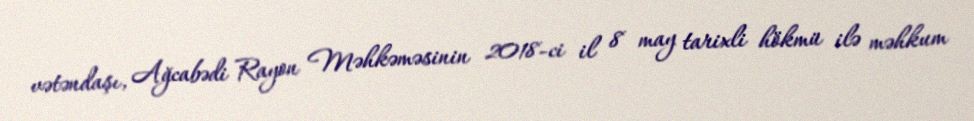
vətəndaşı, Ağcabədi Rayon Məhkəməsinin 2018-ci il 8 may tarixli hökmü ilə məhkum